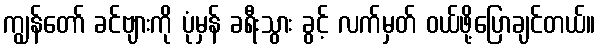
ကျွန်တော် ခင်ဗျားကို ပုံမှန် ခရီးသွား ခွင့် လက်မှတ် ဝယ်ဖို့ပြောချင်တယ်။